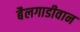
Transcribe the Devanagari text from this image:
बैलगाडीवान